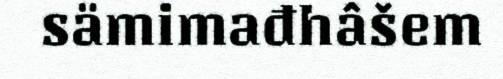
sämimađhâšem